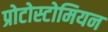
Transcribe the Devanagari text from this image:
प्रोटोस्टोमियन